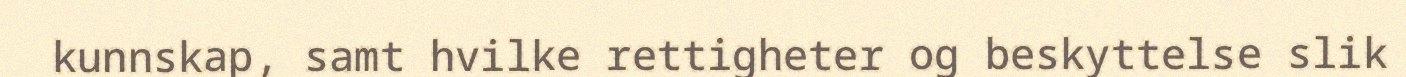
kunnskap, samt hvilke rettigheter og beskyttelse slik